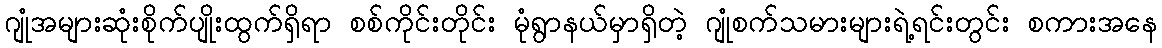
ဂျုံအများဆုံးစိုက်ပျိုးထွက်ရှိရာ စစ်ကိုင်းတိုင်း မုံရွာနယ်မှာရှိတဲ့ ဂျုံစက်သမားများရဲ့ရင်းတွင်း စကားအနေ